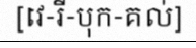
[វេ-រី-បុក-គល់]